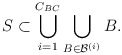
\begin{align*}S\subset \bigcup_{i=1}^{C_{BC}} \bigcup_{B\in\mathcal{B}^{(i)}} B.\end{align*}